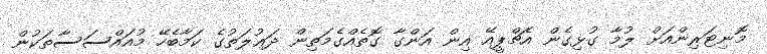
މޮނިޓަރިންއަށް ލުމާ ގުޅިގެން އެޗްޕީއޭ އިން އަންގާ ގޮތެއްގެމަތިން ދަޢުލަތުގެ ކަމާބެހޭ މުއައްސަސާތަކުން